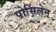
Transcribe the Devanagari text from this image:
पोसिंलेन